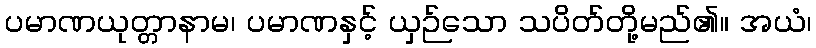
ပမာဏယုတ္တာနာမ၊ ပမာဏနှင့် ယှဉ်သော သပိတ်တို့မည်၏။ အယံ၊